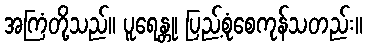
အကြံတို့သည်။ ပူရေန္တု၊ ပြည့်စုံစေကုန်သတည်း။